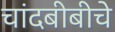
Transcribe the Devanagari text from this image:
चांदबीबीचे